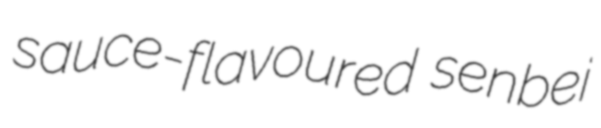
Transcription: sauce-flavoured senbei